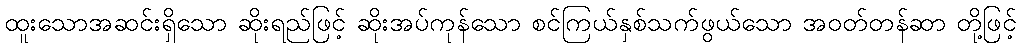
ထူးသောအဆင်းရှိသော ဆိုးရည်ဖြင့် ဆိုးအပ်ကုန်သော စင်ကြယ်နှစ်သက်ဖွယ်သော အဝတ်တန်ဆာ တို့ဖြင့်